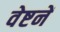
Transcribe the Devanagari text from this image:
वेष्टनें